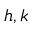
h , k